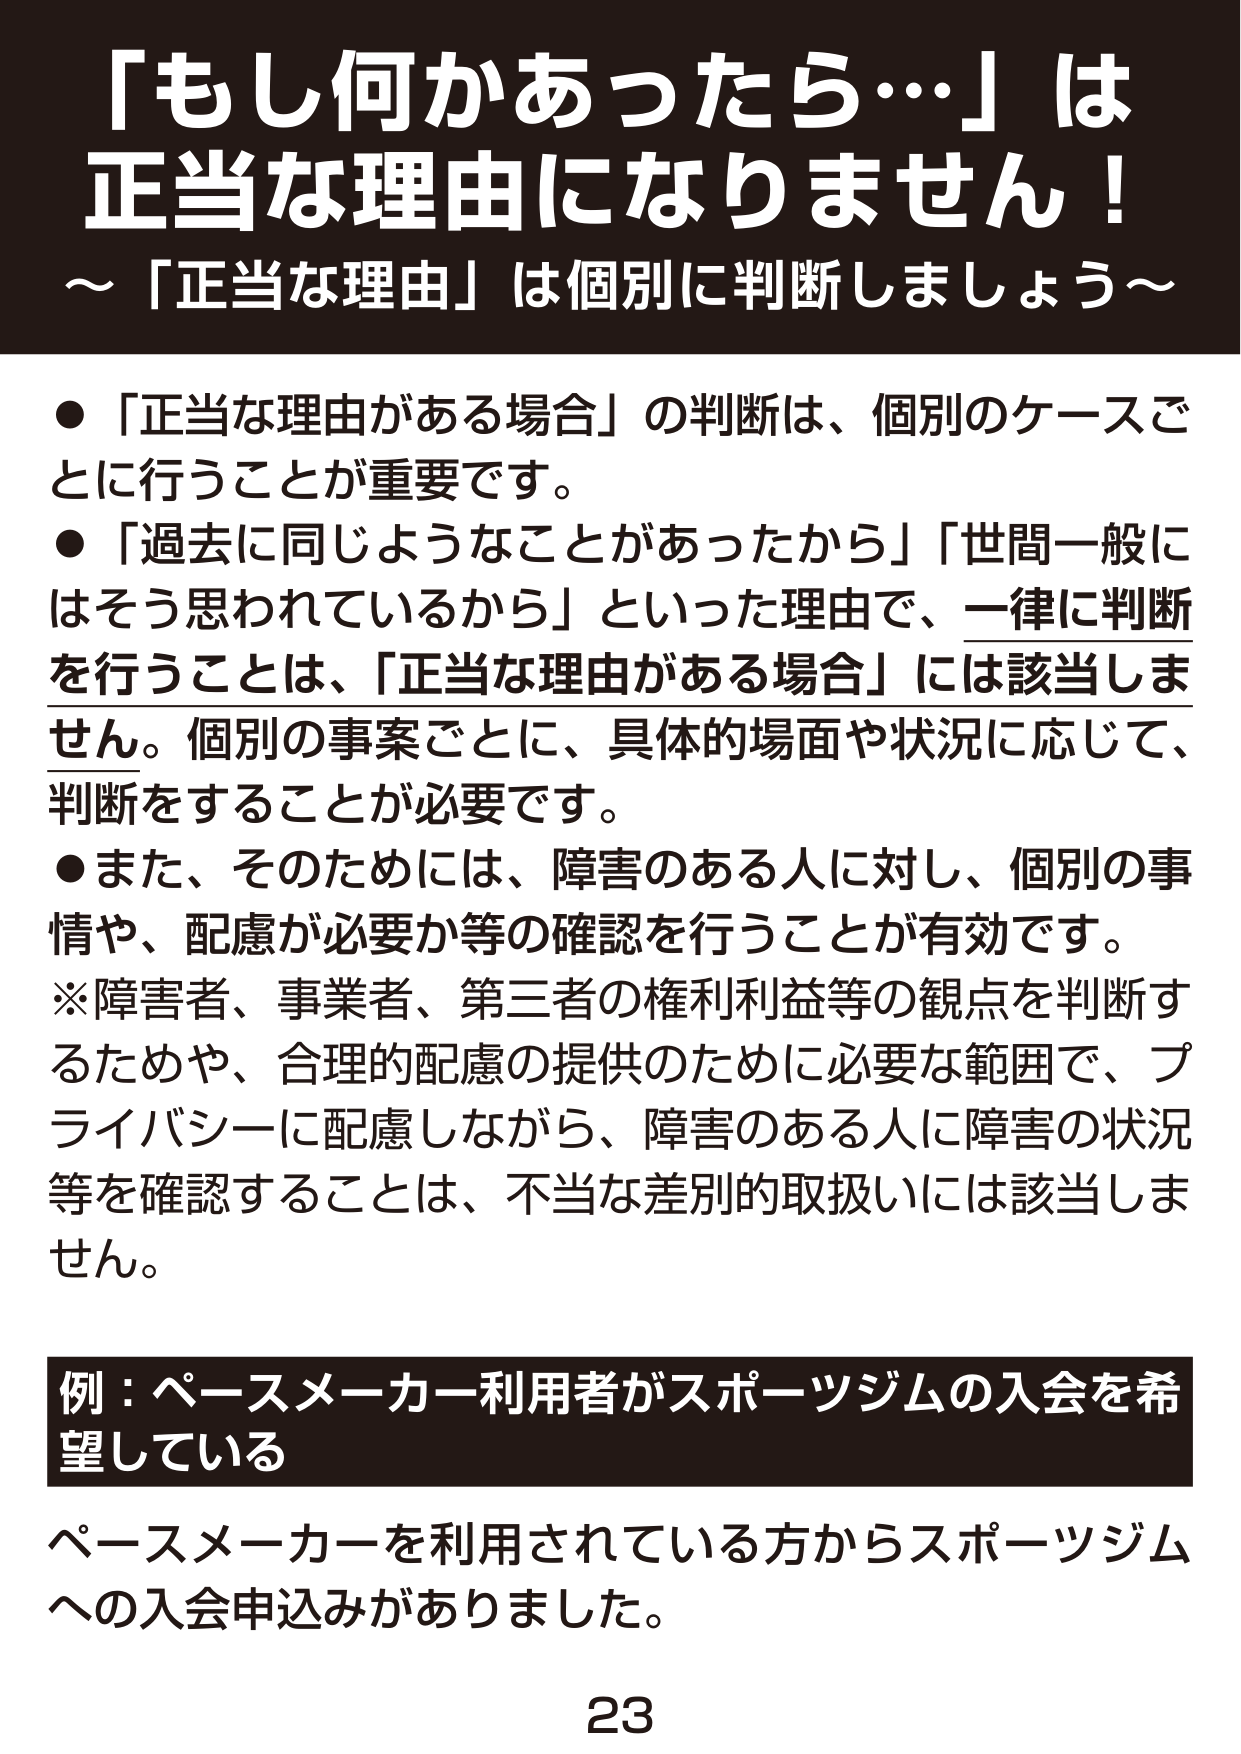
「もし何かあったら…」は
正当な理由になりません！
～「正当な理由」は個別に判断しましょう～

●「正当な理由がある場合」の判断は、個別のケースごとにを行うことが重要です。
●「過去に同じようなことがあったから」「世間一般にはそう思われているから」といった理由で、一律に判断を行うことは、「正当な理由がある場合」には該当しません。個別の事案ごとに、具体的場面や状況に応じて、判断をすることが必要です。
●また、そのためには、障害のある人に対し、個別の事情や、配慮が必要か等の確認を行うことが有効です。
※障害者、事業者、第三者の権利利益等の観点を判断するためや、合理的配慮の提供のために必要な範囲で、プライバシーに配慮しながら、障害のある人に障害の状況等を確認することは、不当な差別的取扱いには該当しません。

例：ペースメーカー利用者がスポーツジムの入会を希望している
ペースメーカーを利用されている方からスポーツジムへの入会申込みがありました。
23